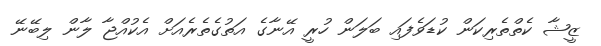
ޒީޝާ ކެތްތެރިކަން ކުޑަވެފައި ބަލަން ހުރީ އޭނާގެ އަތުގެތެރެއަށް އެކުއްޖާ ލާން ލިބޭނޭ